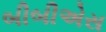
બીબીએસ